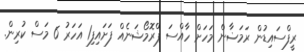
ރީފްސައިޑުން ރަމަޟާން މަހަށް ހާއްސަ ޕްރޮމޯޝަނެއް ފަށައިފި1 އަހަރު 6 މަސް ކުރިން.